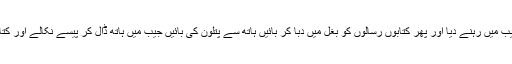
اس نے اپنا دایاں ہاتھ اسے جیب میں رہنے دیا اور پھر کتابوں رسالوں کو بغل میں دبا کر بائیں ہاتھ سے پتلون کی بائیں جیب میں ہاتھ ڈال کر پیسے نکالے اور کتابوں رسالوں کی قیمت ادا کی۔